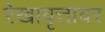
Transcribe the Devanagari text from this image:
रेखावृत्तावर